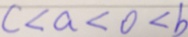
c < a < 0 < b